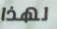
لهذا